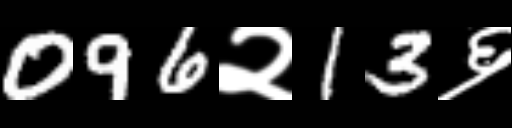
Text: 096२13६